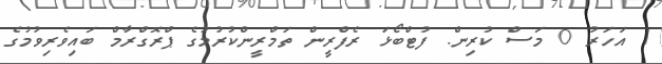
1 އަހަރު 0 މަސް ކުރިން. ފުޓްބޯޅަ ރެފްރީން ތަމްރީންކުރުމުގެ ޕްރޮގްރާމް ބައިވެރިވުމުގެ